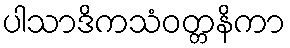
ပါသာဒိကသံဝတ္တနိကာ